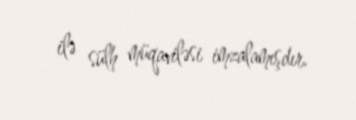
ilə sülh müqaviləsi imzalamışdır.